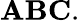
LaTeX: \mathbf{ABC}.